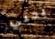
بحثي